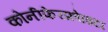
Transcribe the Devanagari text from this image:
कोनीफेरफ्रोाइटा